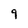
Character: 9